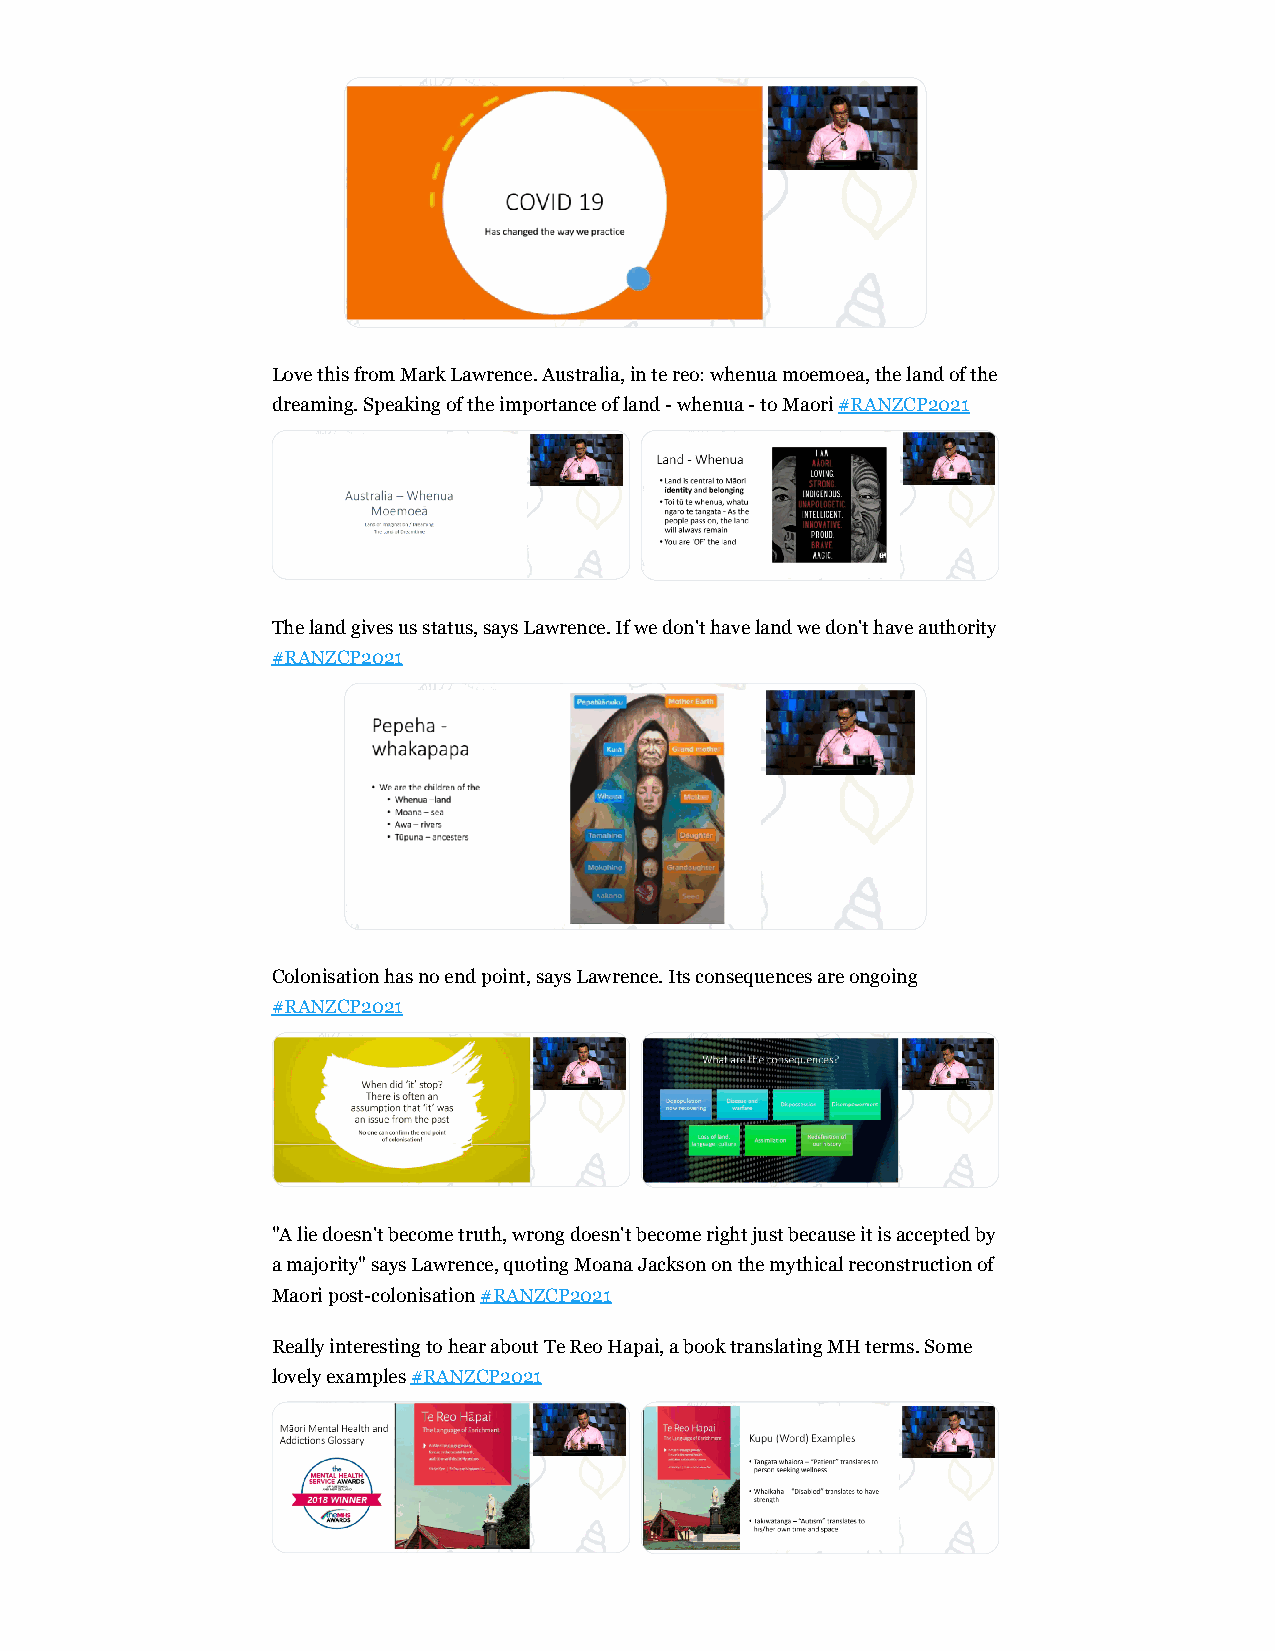
Love this from Mark Lawrence. Australia, in te reo: whenua moemoea, the land of the
 dreaming. Speaking of the importance of land - whenua - to Maori #RANZCP2021
 The land gives us status, says Lawrence. If we don't have land we don't have authority
 #RANZCP2021
 Colonisation has no end point, says Lawrence. Its consequences are ongoing
 #RANZCP2021
 "A lie doesn't become truth, wrong doesn't become right just because it is accepted by
 a majority" says Lawrence, quoting Moana Jackson on the mythical reconstruction of
 Maori post-colonisation #RANZCP2021
 Really interesting to hear about Te Reo Hapai, a book translating MH terms. Some
 lovely examples #RANZCP2021